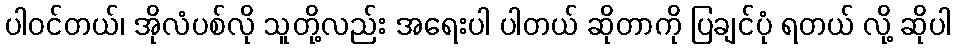
ပါဝင်တယ်၊ အိုလံပစ်လို သူတို့လည်း အရေးပါ ပါတယ် ဆိုတာကို ပြချင်ပုံ ရတယ် လို့ ဆိုပါ